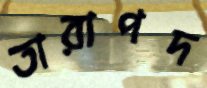
তারাপদ